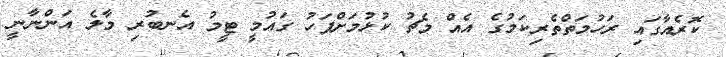
ކޮރެއާގައި ރަހުމަތްތެރިކަމުގެ އެއް މެޗު ކުޅުމަށްފަހު ގައުމީ ޓީމު އެނބުރި މާލެ އަންނާނީ